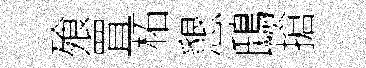
飱罝柘懇鴟搶